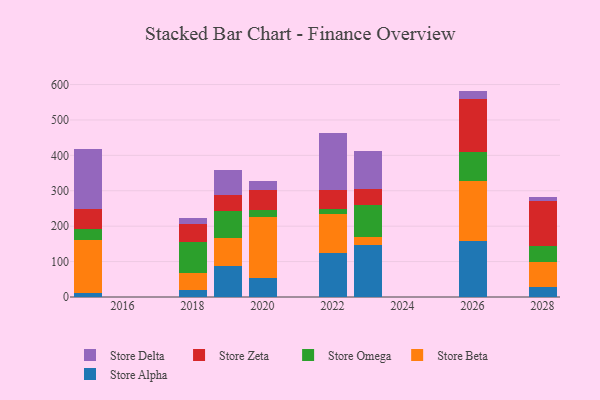
{"axis": {"x": "Year", "y": "Churn Rate (%)"}, "legend": ["Store Alpha", "Store Beta", "Store Delta", "Store Omega", "Store Zeta"], "data": [{"x": "2022", "y": 125.1, "type": "Store Alpha"}, {"x": "2022", "y": 109.7, "type": "Store Beta"}, {"x": "2022", "y": 15.1, "type": "Store Omega"}, {"x": "2022", "y": 53.2, "type": "Store Zeta"}, {"x": "2022", "y": 159.9, "type": "Store Delta"}, {"x": "2026", "y": 158.7, "type": "Store Alpha"}, {"x": "2026", "y": 167.7, "type": "Store Beta"}, {"x": "2026", "y": 84.0, "type": "Store Omega"}, {"x": "2026", "y": 150.1, "type": "Store Zeta"}, {"x": "2026", "y": 21.7, "type": "Store Delta"}, {"x": "2028", "y": 29.5, "type": "Store Alpha"}, {"x": "2028", "y": 68.9, "type": "Store Beta"}, {"x": "2028", "y": 46.2, "type": "Store Omega"}, {"x": "2028", "y": 126.3, "type": "Store Zeta"}, {"x": "2028", "y": 10.5, "type": "Store Delta"}, {"x": "2018", "y": 19.4, "type": "Store Alpha"}, {"x": "2018", "y": 48.7, "type": "Store Beta"}, {"x": "2018", "y": 86.6, "type": "Store Omega"}, {"x": "2018", "y": 50.4, "type": "Store Zeta"}, {"x": "2018", "y": 17.8, "type": "Store Delta"}, {"x": "2019", "y": 87.4, "type": "Store Alpha"}, {"x": "2019", "y": 78.5, "type": "Store Beta"}, {"x": "2019", "y": 78.0, "type": "Store Omega"}, {"x": "2019", "y": 43.1, "type": "Store Zeta"}, {"x": "2019", "y": 70.9, "type": "Store Delta"}, {"x": "2023", "y": 147.7, "type": "Store Alpha"}, {"x": "2023", "y": 21.4, "type": "Store Beta"}, {"x": "2023", "y": 91.5, "type": "Store Omega"}, {"x": "2023", "y": 44.7, "type": "Store Zeta"}, {"x": "2023", "y": 106.3, "type": "Store Delta"}, {"x": "2015", "y": 12.7, "type": "Store Alpha"}, {"x": "2015", "y": 149.4, "type": "Store Beta"}, {"x": "2015", "y": 30.3, "type": "Store Omega"}, {"x": "2015", "y": 56.7, "type": "Store Zeta"}, {"x": "2015", "y": 169.3, "type": "Store Delta"}, {"x": "2020", "y": 55.0, "type": "Store Alpha"}, {"x": "2020", "y": 172.3, "type": "Store Beta"}, {"x": "2020", "y": 18.3, "type": "Store Omega"}, {"x": "2020", "y": 56.9, "type": "Store Zeta"}, {"x": "2020", "y": 24.8, "type": "Store Delta"}]}